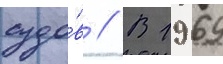
судо́в // В 1969